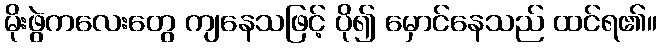
မိုးဖွဲကလေးတွေ ကျနေသဖြင့် ပို၍ မှောင်နေသည် ထင်ရ၏။